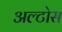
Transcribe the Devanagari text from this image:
अल्टोस